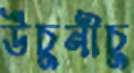
উঁচুনীচু